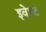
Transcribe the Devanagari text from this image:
इवेण्ट